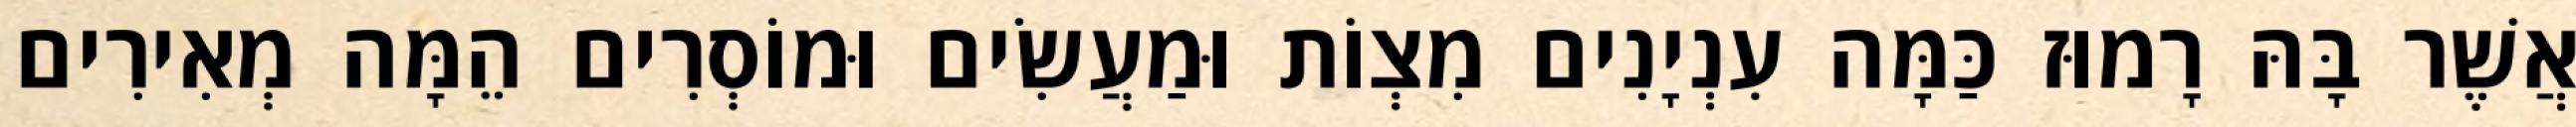
אֲשֶׁר בָּהּ רָמוּז כַּמָּה עִנְיָנִים מִצְוֹת וּמַעֲשִׂים וּמוֹסְרִים הֵמָּה מְאִירִים